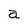
Character: a